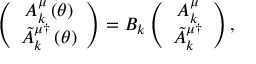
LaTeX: \left( \begin{array} { c } { { A _ { k } ^ { \mu } \left( \theta \right) } } \\ { { \tilde { A } _ { k } ^ { \mu \dagger } \left( \theta \right) } } \end{array} \right) = { \cal B } _ { k } \left( \begin{array} { c } { { A _ { k } ^ { \mu } } } \\ { { \tilde { A } _ { k } ^ { \mu \dagger } } } \end{array} \right) ,